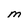
Character: m